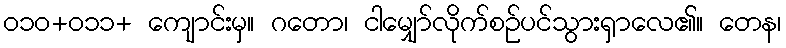
၀၁၀+၀၁၁+ ကျောင်းမှ။ ဂတော၊ ငါမျှော်လိုက်စဉ်ပင်သွားရှာလေ၏။ တေန၊